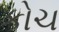
કોચ